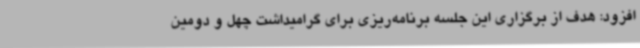
افزود: هدف از برگزاری این جلسه برنامه‌ریزی برای گرامیداشت چهل و دومین